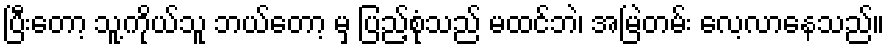
ပြီးတော့ သူ့ကိုယ်သူ ဘယ်တော့ မှ ပြည့်စုံသည် မထင်ဘဲ၊ အမြဲတမ်း လေ့လာနေသည်။